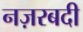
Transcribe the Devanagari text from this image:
नज़रबदी